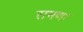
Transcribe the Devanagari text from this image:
रामणा